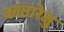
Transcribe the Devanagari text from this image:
कांतारेक्षु